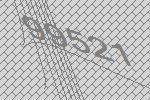
99521